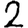
Digit: 2